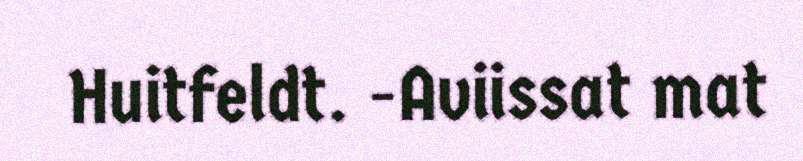
Huitfeldt. -Aviissat mat